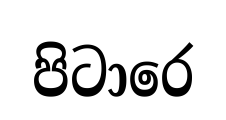
පිටාරෙ